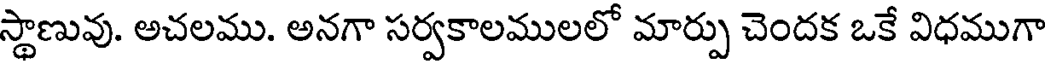
స్థాణువు. అచలము. అనగా సర్వకాలములలో మార్పు చెందక ఒకే విధముగా